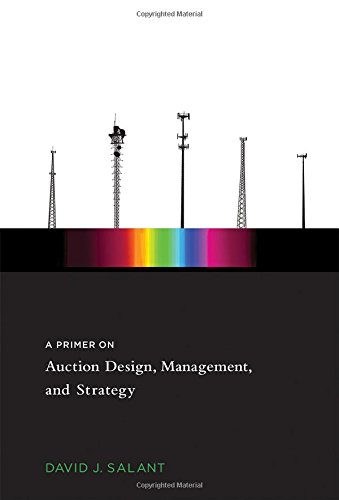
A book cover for A Primer on Auction Design, Management, and Strategy; David J. Salant; Science & Math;